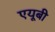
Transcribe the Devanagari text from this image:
एयूबी